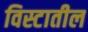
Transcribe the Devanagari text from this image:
विस्टातील